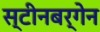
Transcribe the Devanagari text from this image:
स्टीनबर्गेन